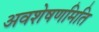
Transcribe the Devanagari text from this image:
अवशेषणमिति